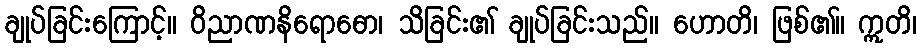
ချုပ်ခြင်းကြောင့်။ ဝိညာဏနိရောဓော၊ သိခြင်း၏ ချုပ်ခြင်းသည်။ ဟောတိ၊ ဖြစ်၏။ ဣတိ၊